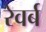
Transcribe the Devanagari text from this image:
रेवर्ब